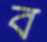
ব